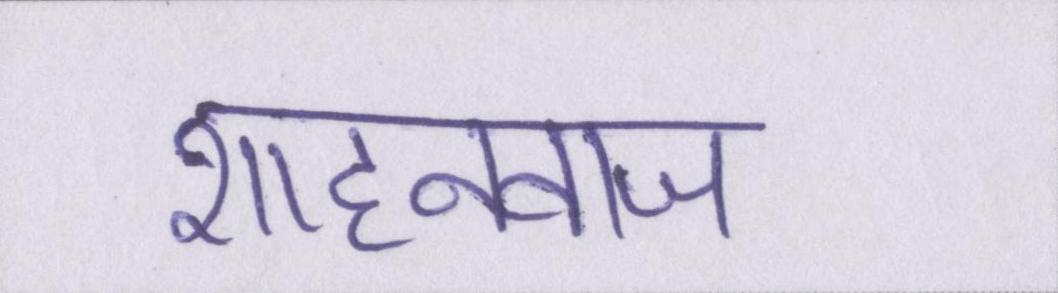
शाहनवाज